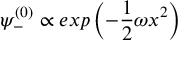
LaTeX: \psi _ { - } ^ { ( 0 ) } \propto e x p \left( - \frac { 1 } { 2 } \omega x ^ { 2 } \right)